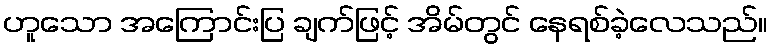
ဟူသော အကြောင်းပြ ချက်ဖြင့် အိမ်တွင် နေရစ်ခဲ့လေသည်။